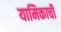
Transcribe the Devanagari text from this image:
यामिकाची